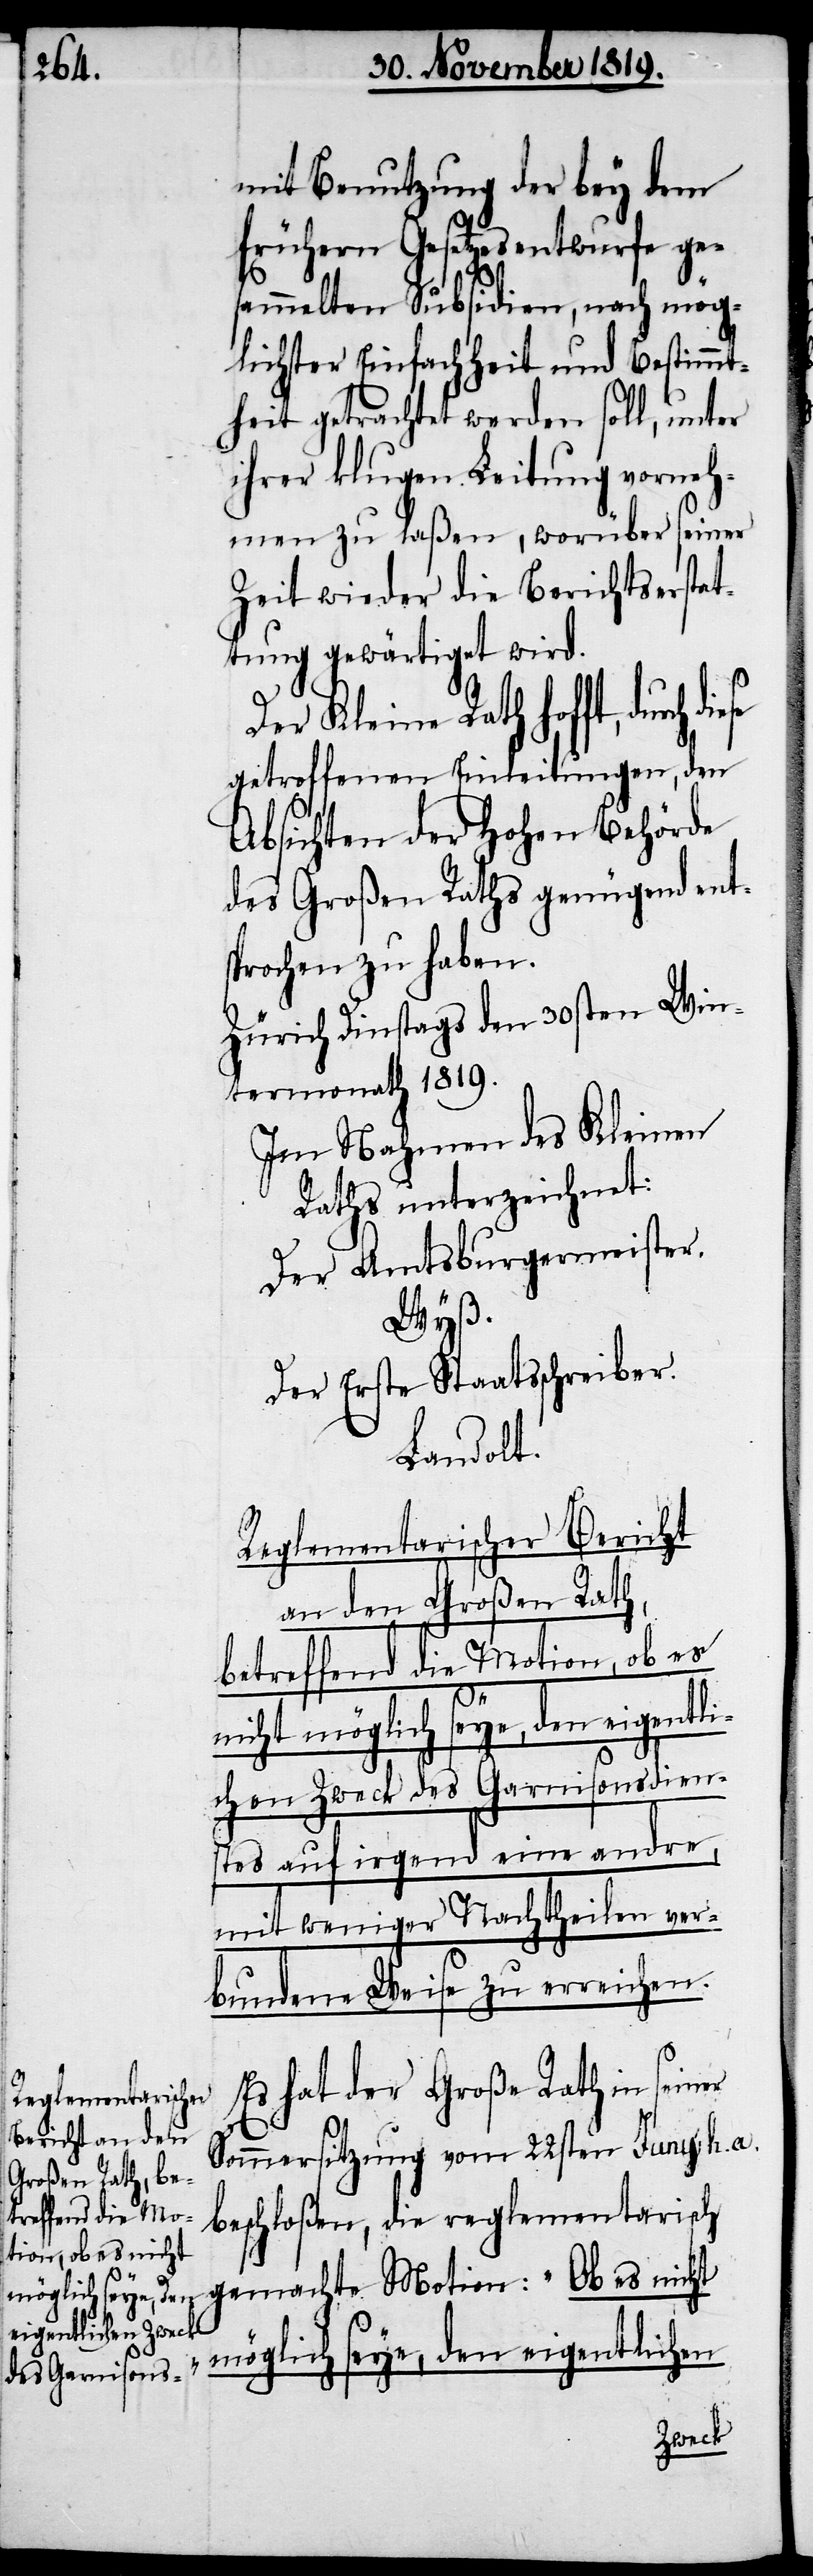
mit Benutzung der bey dem
frühern Gesetzesentwurfe ge¬
sammelten Subsidien, nach mög¬
lichster Einfachheit und Bestimmt¬
heit getrachtet werden soll, unter
ihrer klugen Leitung vorneh¬
men zu laßen, worüber seiner
Zeit wieder die Berichtserstat¬
tung gewärtiget wird.
Der Kleine Rath hofft, durch
getroffenen Einleitungen, den
Absichten der hohen Behörde
des Großen Raths genügend ent¬
sprochen zu haben.
Zürich Dinstags den 30sten Win¬
termonath 1819.
Im Nahmen des Kleinen
Raths unterzeichnet:
Der Amtsburgermeister.
Wyß.
Der Erste Staatschreiber.
Landolt.
Reglementarischer Bericht
an den Großen Rath,
betreffend die Motion, ob es
nicht möglich seye, den eigentli¬
chen Zweck des Garnisonsdien¬
stes auf irgend eine andre,
mit weniger Nachtheilen ver¬
bundene Weise zu erreichen.
Es hat der Große Rath in seiner
Sommersitzung vom 22sten Juny h. a.
beschloßen, die reglementarisch
gemachte Motion: „Ob es nicht
möglich seye, den eigentlichen